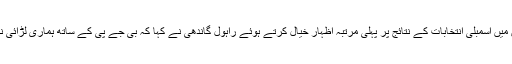
پانچ ریاستوں میں اسمبلی انتخابات کے نتائج پر پہلی مرتبہ اظہار خیال کرتے ہوئے راہول گاندھی نے کہا کہ بی جے پی کے ساتھ ہماری لڑائی نظریاتی ہے ۔